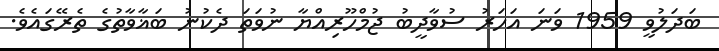
ބަދަލުވީ 1959 ވަނަ އަހަރު ސުވާދީބު ޖުމްހޫރިއްޔާ ނުވަތަ ދެކުނު ބަޣާވާތުގެ ތެރޭގައެވެ.